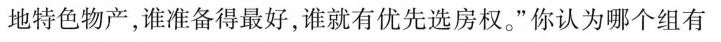
地特色物产，谁准备得最好，谁就有优先选房权。”你认为哪个组有